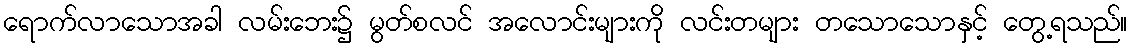
ရောက်လာသောအခါ လမ်းဘေး၌ မွတ်စလင် အလောင်းများကို လင်းတများ တသောသောနှင့် တွေ့ရသည်။